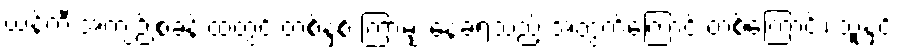
ယန်ကီ အကျဉ်းစခန်းထဲတွင် တစ်နှစ် ကြာမျှ နေခဲ့ရသည့် အတွက်ကြောင့် တစ်ကြောင်း၊ သူနှင့်